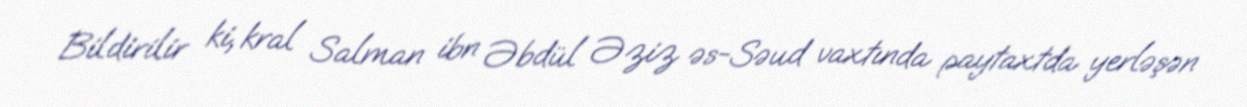
Bildirilir ki, kral Salman ibn Əbdül Əziz əs-Səud vaxtında paytaxtda yerləşən